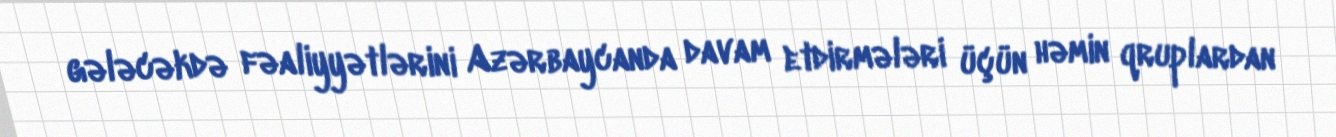
gələcəkdə fəaliyyətlərini Azərbaycanda davam etdirmələri üçün həmin qruplardan